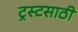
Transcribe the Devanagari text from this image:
ट्रस्टसाठी